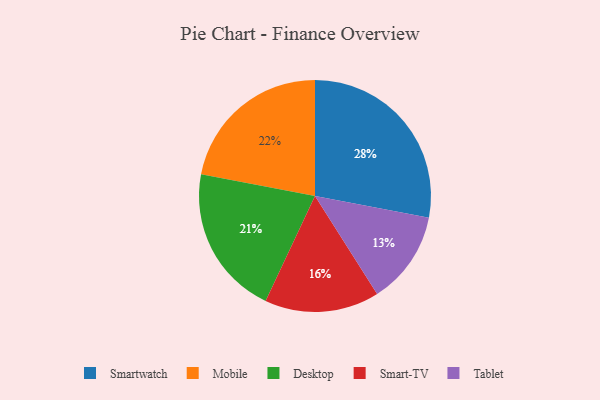
{"axis": {"x": "Category", "y": "Percentage"}, "legend": ["Desktop", "Mobile", "Smart-TV", "Smartwatch", "Tablet"], "data": [{"x": "Smart-TV", "y": 16, "type": "Smart-TV"}, {"x": "Mobile", "y": 22, "type": "Mobile"}, {"x": "Smartwatch", "y": 28, "type": "Smartwatch"}, {"x": "Tablet", "y": 13, "type": "Tablet"}, {"x": "Desktop", "y": 21, "type": "Desktop"}]}